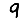
Digit: 9